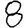
Digit: 8